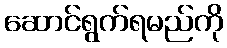
ဆောင်ရွက်ရမည်ကို